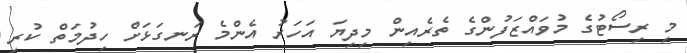
މި ރިސޯޓުގެ މުވައްޒަފުންގެ ތެރެއިން މިދިޔަ އަހަރު އެންމެ ރަނގަޅަށް ހިދުމަތް ކުރި